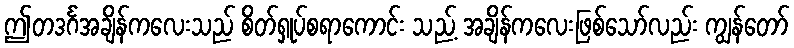
ဤတဒင်္ဂအချိန်ကလေးသည် စိတ်ရှုပ်စရာကောင်း သည့် အချိန်ကလေးဖြစ်သော်လည်း ကျွန်တော်